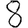
Digit: 8